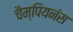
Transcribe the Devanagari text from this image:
चैम्पियनंस